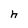
Character: h